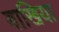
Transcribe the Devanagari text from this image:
बाखिया